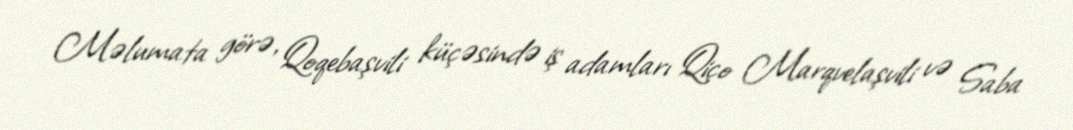
Məlumata görə, Qoqebaşvili küçəsində iş adamları Qiço Marqvelaşvili və Saba